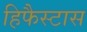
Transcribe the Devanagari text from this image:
हिफैस्टास